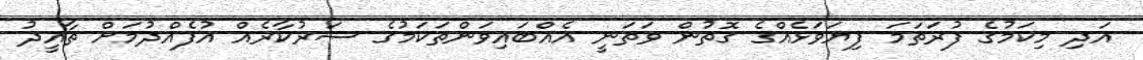
އަދި މިކަމުގެ ފުރަތަމަ ފިޔަވަޅެއްގެ ގޮތުން ވަތަނީ އެއްބައިވަންތަކަމުގެ ސަރުކާރެއް އުފެއްދުމަށް ތާއީދު